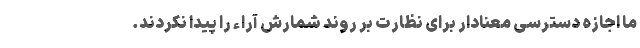
ما اجازه دسترسی معنادار برای نظارت بر روند شمارش آراء را پیدا نکردند.